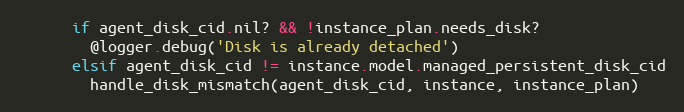
Language: Ruby
      if agent_disk_cid.nil? && !instance_plan.needs_disk?
        @logger.debug('Disk is already detached')
      elsif agent_disk_cid != instance.model.managed_persistent_disk_cid
        handle_disk_mismatch(agent_disk_cid, instance, instance_plan)